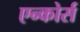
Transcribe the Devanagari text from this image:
एन्कोर्स